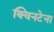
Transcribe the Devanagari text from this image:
क्विनटेना